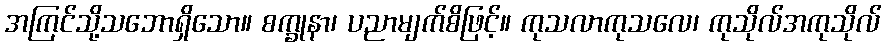
အကြင်သို့သဘောရှိသော။ စက္ခုနာ၊ ပညာမျက်စိဖြင့်။ ကုသလာကုသလေ၊ ကုသိုလ်အကုသိုလ်